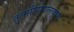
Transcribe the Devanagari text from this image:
तुलसीगोपालकृष्‍णा